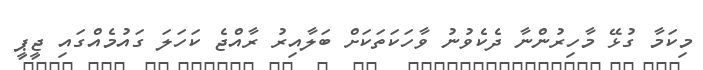
މިކަމާ ގުޅޭ މާހިރުންނާ ދެކެވުނު ވާހަކަތަކަށް ބަލާއިރު ރާއްޖެ ކަހަލަ ގައުމެއްގައި ޖީޕީ